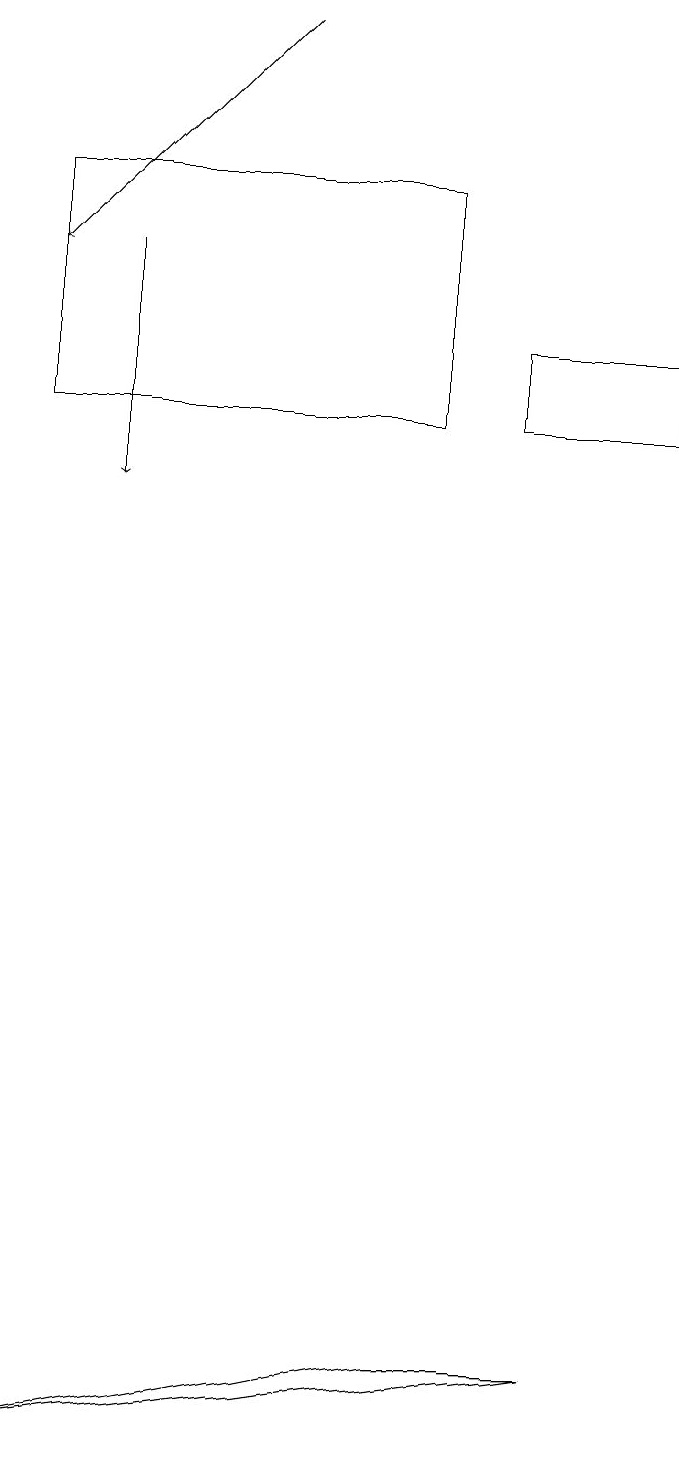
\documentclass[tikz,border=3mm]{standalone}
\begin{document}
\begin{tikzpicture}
\draw[->] (2,15) -- (2,12);
\draw (9,13) rectangle (7,14);
\draw (6,1) -- (8,1) -- (1,0) -- cycle;
\draw[->] (4,18) -- (1,15);
\draw (6,16) rectangle (1,13);
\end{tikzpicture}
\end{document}